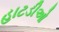
હાટડીઓ